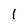
Character: l